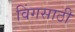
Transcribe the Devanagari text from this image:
विंगसाठी